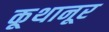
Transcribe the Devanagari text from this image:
कूथानूर